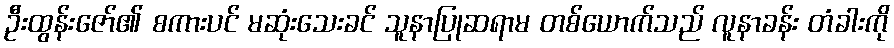
ဦးထွန်းဇော်၏ စကားပင် မဆုံးသေးခင် သူနာပြုဆရာမ တစ်ယောက်သည် လူနာခန်း တံခါးကို